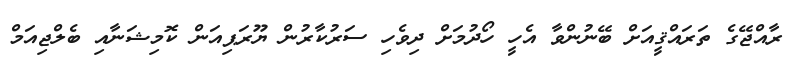
ރާއްޖޭގެ ތަރައްޤީއަށް ބޭނުންވާ އެހީ ހޯދުމަށް ދިވެހި ސަރުކާރުން ޔޫރަޕިއަން ކޮމިޝަނާއި ބެލްޖިއަމް